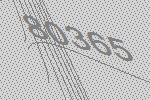
80365